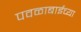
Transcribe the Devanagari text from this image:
पवळाबाईच्या